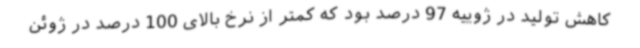
کاهش تولید در ژوییه 97 درصد بود که کمتر از نرخ بالای 100 درصد در ژوئن